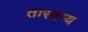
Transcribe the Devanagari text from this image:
तारतम्‍य